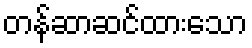
တန်ဆာဆင်ထားသော